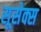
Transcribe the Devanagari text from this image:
सूसेक्स